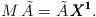
LaTeX: \begin{align*}M \, \tilde{A} = \tilde A \, {\pmb{X^1}}.\end{align*}